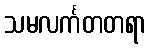
သမလင်္ကတတရာ